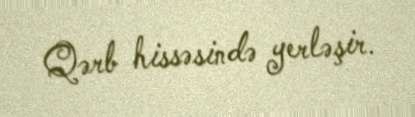
Qərb hissəsində yerləşir.